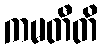
ကမတီတိ